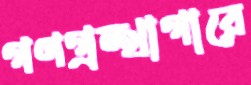
গণগ্রন্থাগারে